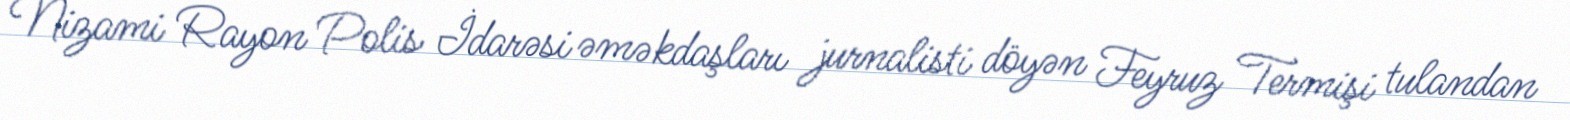
Nizami Rayon Polis İdarəsi əməkdaşları jurnalisti döyən Feyruz Termişi tulandan